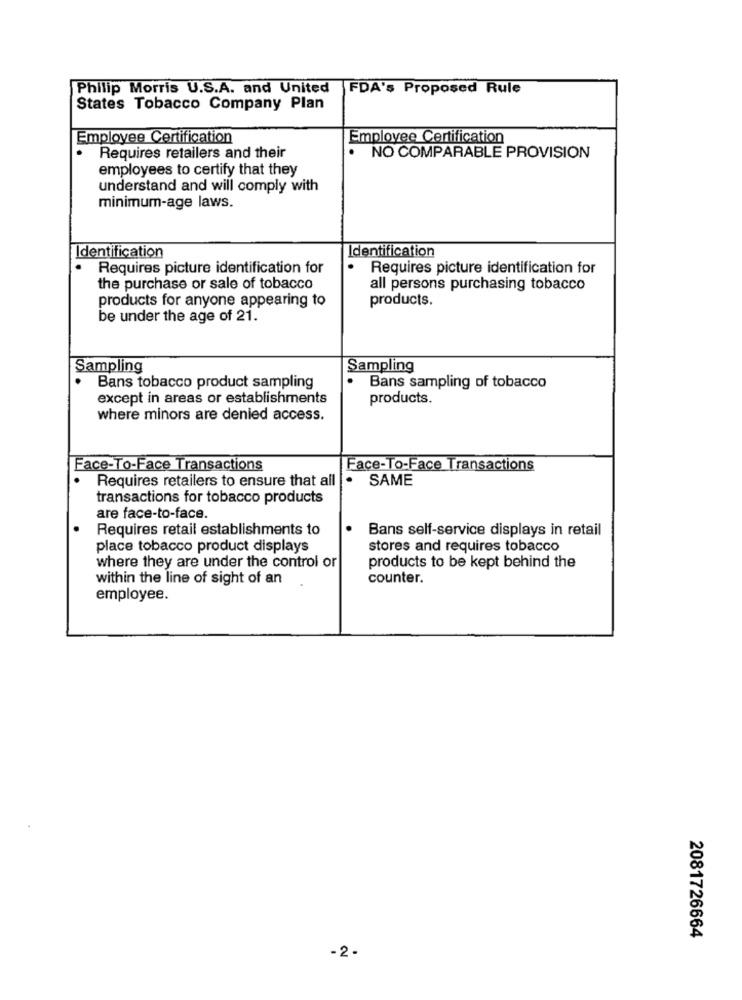
Philip Morris U.S.A. and United
FDA's Proposed Rule
States Tobacco Company Plan
Employee Certification
Employee Certification
Requires retailers and their
. NO COMPARABLE PROVISION
employees to certify that they
understand and will comply with
minimum-age laws.
Identification
Identification
. Requires picture identification for
Requires picture identification for
the purchase or sale of tobacco
all persons purchasing tobacco
products for anyone appearing to
products.
be under the age of 21.
Sampling
Sampling
Bans tobacco product sampling
Bans sampling of tobacco
except in areas or establishments
products.
where minors are denied access.
Face-To-Face Transactions
Face-To-Face Transactions
.
Requires retailers to ensure that all
SAME
transactions for tobacco products
are face-to-face.
Requires retail establishments to
.
Bans self-service displays in retail
place tobacco product displays
stores and requires tobacco
products to be kept behind the
where they are under the control or
within the line of sight of an
counter.
employee.
2081726664
-2-